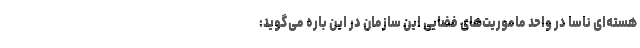
هسته‌ای ناسا در واحد ماموریت‌های فضایی این سازمان در این باره می‌گوید: